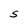
Character: S